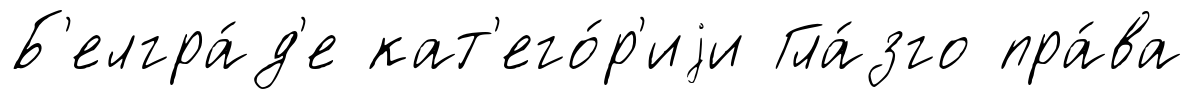
Б'елгра́д'е кат'его́р'иjи Гла́зго пра́ва